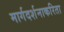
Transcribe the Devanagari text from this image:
मार्गदर्शनाकरिता